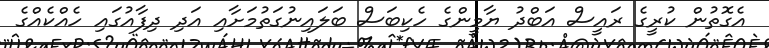
އެގޮތުން ކުރީގެ ރައީސް އަބްދު ޔާމީންގެ ހެކިބަސް ބަލައިނުގަތުމަށާއި އަދި ދިފާއުގައި ހެއްކެއްގެ